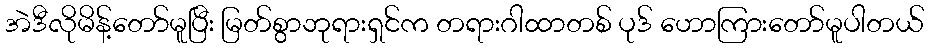
အဲဒီလိုမိန့်တော်မူပြီး မြတ်စွာဘုရားရှင်က တရားဂါထာတစ် ပုဒ် ဟောကြားတော်မူပါတယ်